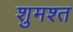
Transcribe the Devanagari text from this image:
शुमश्त